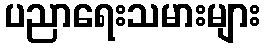
ပညာရေးသမားများ